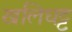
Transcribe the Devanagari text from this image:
खलिघट्ट